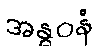
အန္ဓဝနံ